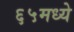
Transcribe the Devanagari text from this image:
६५मध्ये